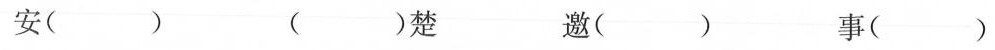
安( ) ( )楚 邀( ) 事( )